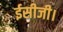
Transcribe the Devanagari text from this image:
ईसीजी।